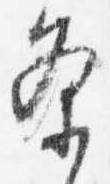
条